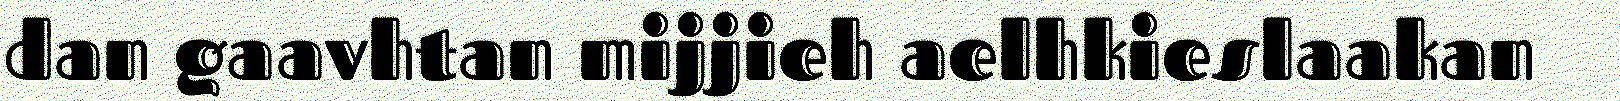
dan gaavhtan mijjieh aelhkieslaakan